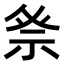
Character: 𮁨